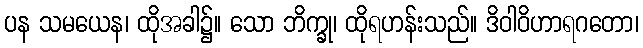
ပန သမယေန၊ ထိုအခါ၌။ သော ဘိက္ခု၊ ထိုရဟန်းသည်။ ဒိဝါဝိဟာရဂတော၊